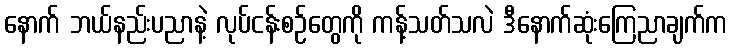
နောက် ဘယ်နည်းပညာနဲ့ လုပ်ငန်းစဉ်တွေကို ကန့်သတ်သလဲ ဒီနောက်ဆုံးကြေညာချက်က